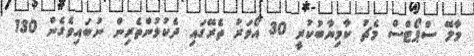
މާލޭ ސްޕޯޓްސް މެޗު ކާމިޔާބުކުރީ 30 އޯވަރު ތެރޭގައި ދެކުޅުންތެރިން ނުބައިވެގެން 130